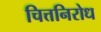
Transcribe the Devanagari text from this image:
चित्तनिरोध